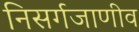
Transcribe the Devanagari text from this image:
निसर्गजाणीव